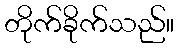
တိုက်ခိုက်သည်။